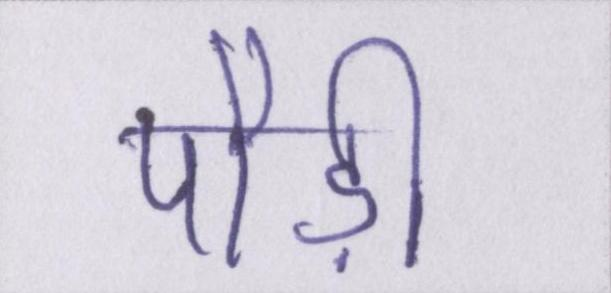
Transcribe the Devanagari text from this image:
पौड़ी